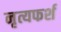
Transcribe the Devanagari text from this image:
नृत्यफर्श